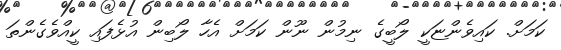
ކަމަށް. ކައިވެންޏަކީ ލޯބީގެ ނިމުން ނޫން ކަމަށް އެހާ ލޯބިން އުޅެފައި ކީއްވެގެންތަ